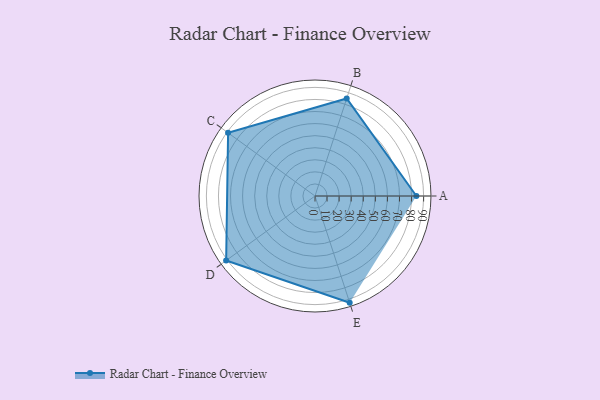
{"axis": {"x": "Skill", "y": "Score"}, "legend": ["Profile"], "data": [{"x": "A", "y": 84.0, "type": "Profile"}, {"x": "B", "y": 85.0, "type": "Profile"}, {"x": "C", "y": 89.0, "type": "Profile"}, {"x": "D", "y": 91.0, "type": "Profile"}, {"x": "E", "y": 93.0, "type": "Profile"}]}